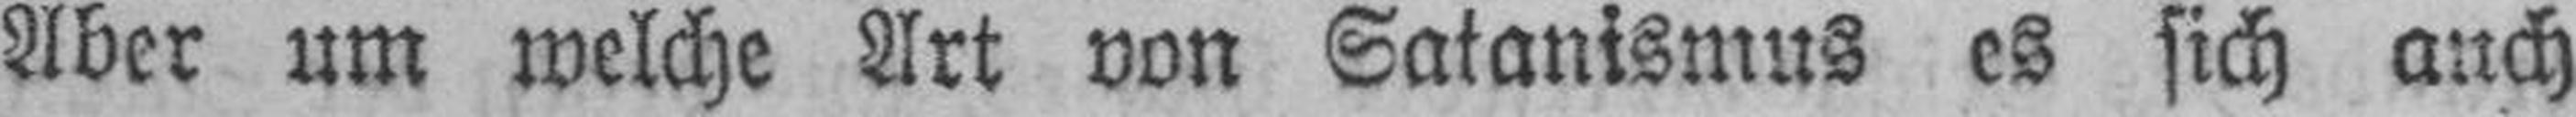
Aber um welche Art von Satanismus es sich auch